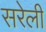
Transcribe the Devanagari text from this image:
सरेली